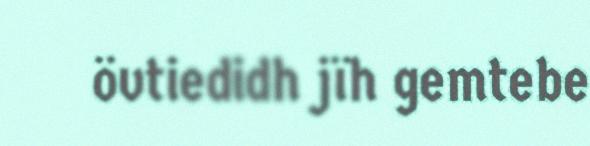
övtiedidh jïh gemtebe